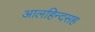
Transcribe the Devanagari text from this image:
आलहिन्दसह